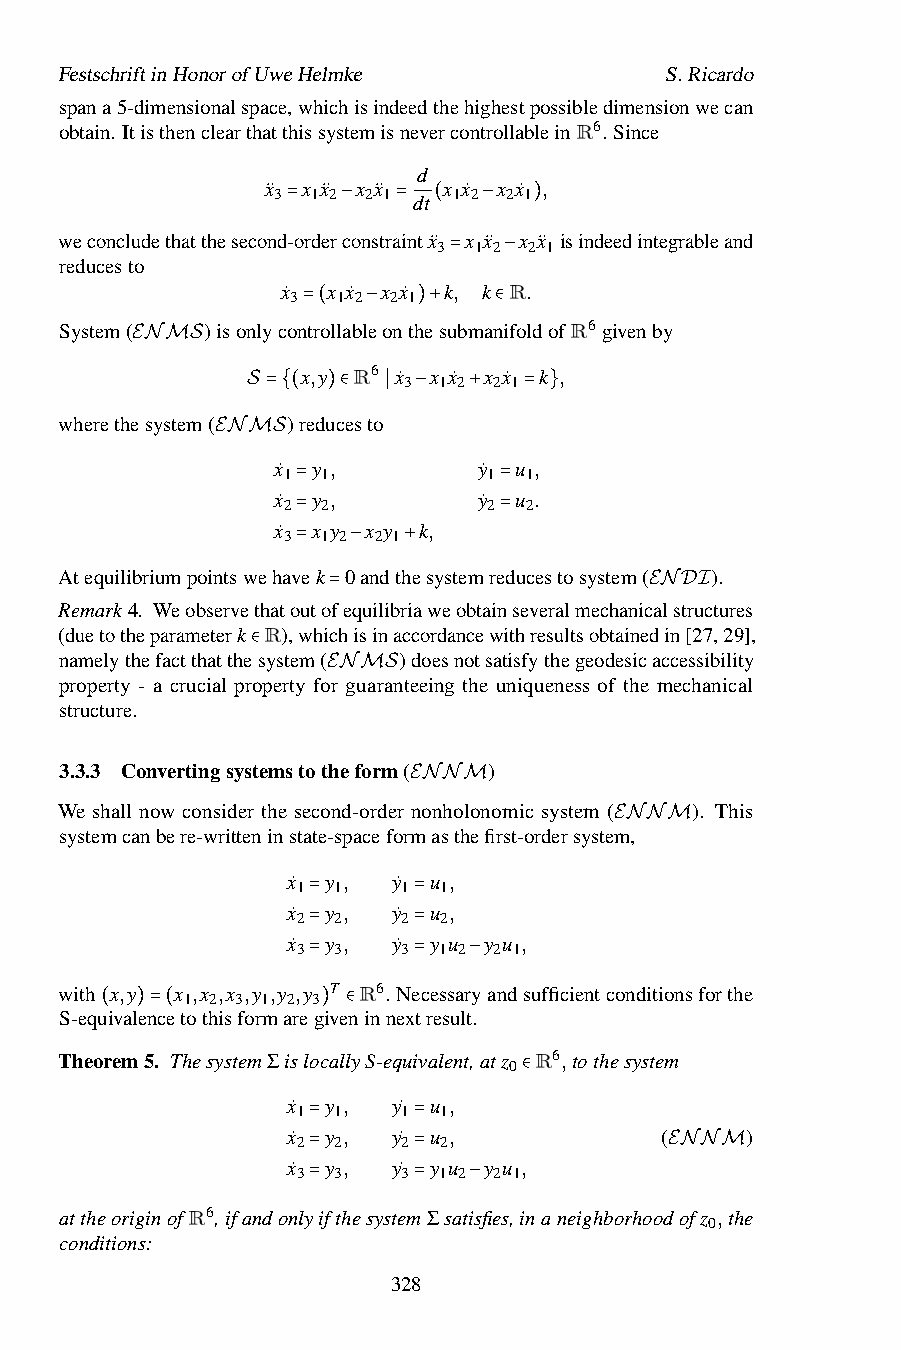
FestschriftinHonorofUweHelmke           S.Ricardo
 spana5-dimensionalspace,whichisindeedthehighestpossibledimensionwecan
 obtain. ItisthenclearthatthissystemisnevercontrollableinR6.Since
 d
 x¨ x x¨ x x¨ x x˙ x x˙ ,
 3  1 2 2 1  1 2 2 1
 dt
 weconcludethatthesecond=-order−constra=intx¨( x −x¨ x)x¨ isindeedintegrableand
 3 1 2 2 1
 reducesto
 x˙ x x˙ x x˙ k=, k −R.
 3  1 2 2 1
 System(   )isonlycontrollableonthesubmanifoldofR6givenby
 =(  −   )+   ∈
 ENMS       x,y R6 x˙ x x˙ x x˙ k ,
 3 1 2 2 1
 wherethesystem( S={)(redu)c∈esto∣ − + = }
 ENMSx˙
 1
 y 1,       y˙
 1
 u 1,
 x˙ y ,        y˙ u .
 2 2          2  2
 =            =
 x˙ x y x y k,
 3 1 2 2 1
 =            =
 Atequilibriumpointswehav=ek 0−andth+esystemreducestosystem( ).
 Remark4. Weobservethatoutofequilibriaweobtainseveralmechanicalstructures
 =                    ENDI
 (duetotheparameterk R),whichisinaccordancewithresultsobtainedin[27,29],
 namelythefactthatthesystem( )doesnotsatisfythegeodesicaccessibility
 property - a crucial pr∈operty for guaranteeing the uniqueness of the mechanical
 structure.        ENMS
 3.3.3 Convertingsystemstotheform( )
 We shall now consider the second-order nonholonomic system ( ). This
 ENNM
 systemcanbere-writteninstate-spaceformasthefirst-ordersystem,
 ENNM
 x˙ y , y˙ u ,
 1 1    1 1
 x˙ y , y˙ u ,
 2 2    2 2
 =      =
 x˙ y , y˙ y u y u ,
 3 3    3 1 2 2 1
 =      =
 with x,y x ,x ,x ,y ,y ,y= T R6.Ne=cessar−yandsufficientconditionsforthe
 1 2 3 1 2 3
 S-equivalencetothisformaregiveninnextresult.
 ( )=(         ) ∈
 Theorem5. ThesystemΣislocallyS-equivalent,atz R6,tothesystem
 0
 x˙ 1 y 1, y˙ 1 u 1, ∈
 x˙ y , y˙ u ,            (    )
 2 2    2 2
 =      =
 x˙ y , y˙ y u y u ,
 3 3    3 1 2 2 1
 =      =                ENNM
 attheoriginofR6,ifandonly=ifthesystem=Σsati−sfies,inaneighborhoodofz ,the
 0
 conditions:
 328